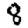
Digit: 8